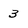
Character: 3